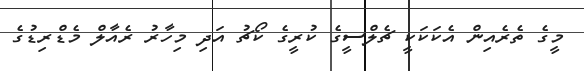
މީގެ ތެރެއިން އެކަކަކީ ޗެލްސީގެ ކުރީގެ ކޯޗު އަދި މިހާރު ރެއާލް މެޑްރިޑުގެ